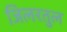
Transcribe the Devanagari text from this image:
जिलरतुल